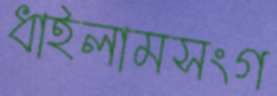
ধাইলামসংগ